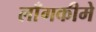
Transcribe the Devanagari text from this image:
लाँगकीमे